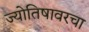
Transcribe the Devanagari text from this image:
ज्योतिषावरचा